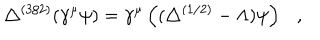
\triangle ^ { ( 3 / 2 ) } ( \gamma ^ { \mu } \psi ) = \gamma ^ { \mu } \left( ( \triangle ^ { ( 1 / 2 ) } - \Lambda ) \psi \right) ,